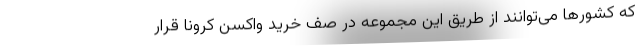
که کشورها می‌توانند از طریق این مجموعه در صف خرید واکسن کرونا قرار